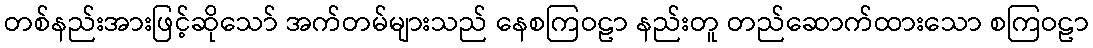
တစ်နည်းအားဖြင့်ဆိုသော် အက်တမ်များသည် နေစကြဝဠာ နည်းတူ တည်ဆောက်ထားသော စကြဝဠာ